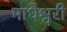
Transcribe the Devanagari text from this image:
माधेश्वरी